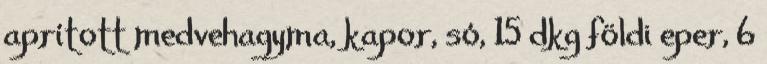
aprított medvehagyma, kapor, só, 15 dkg földi eper, 6